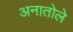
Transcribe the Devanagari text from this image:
अनातोले